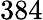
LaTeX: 384